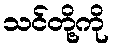
သင်တို့ကို